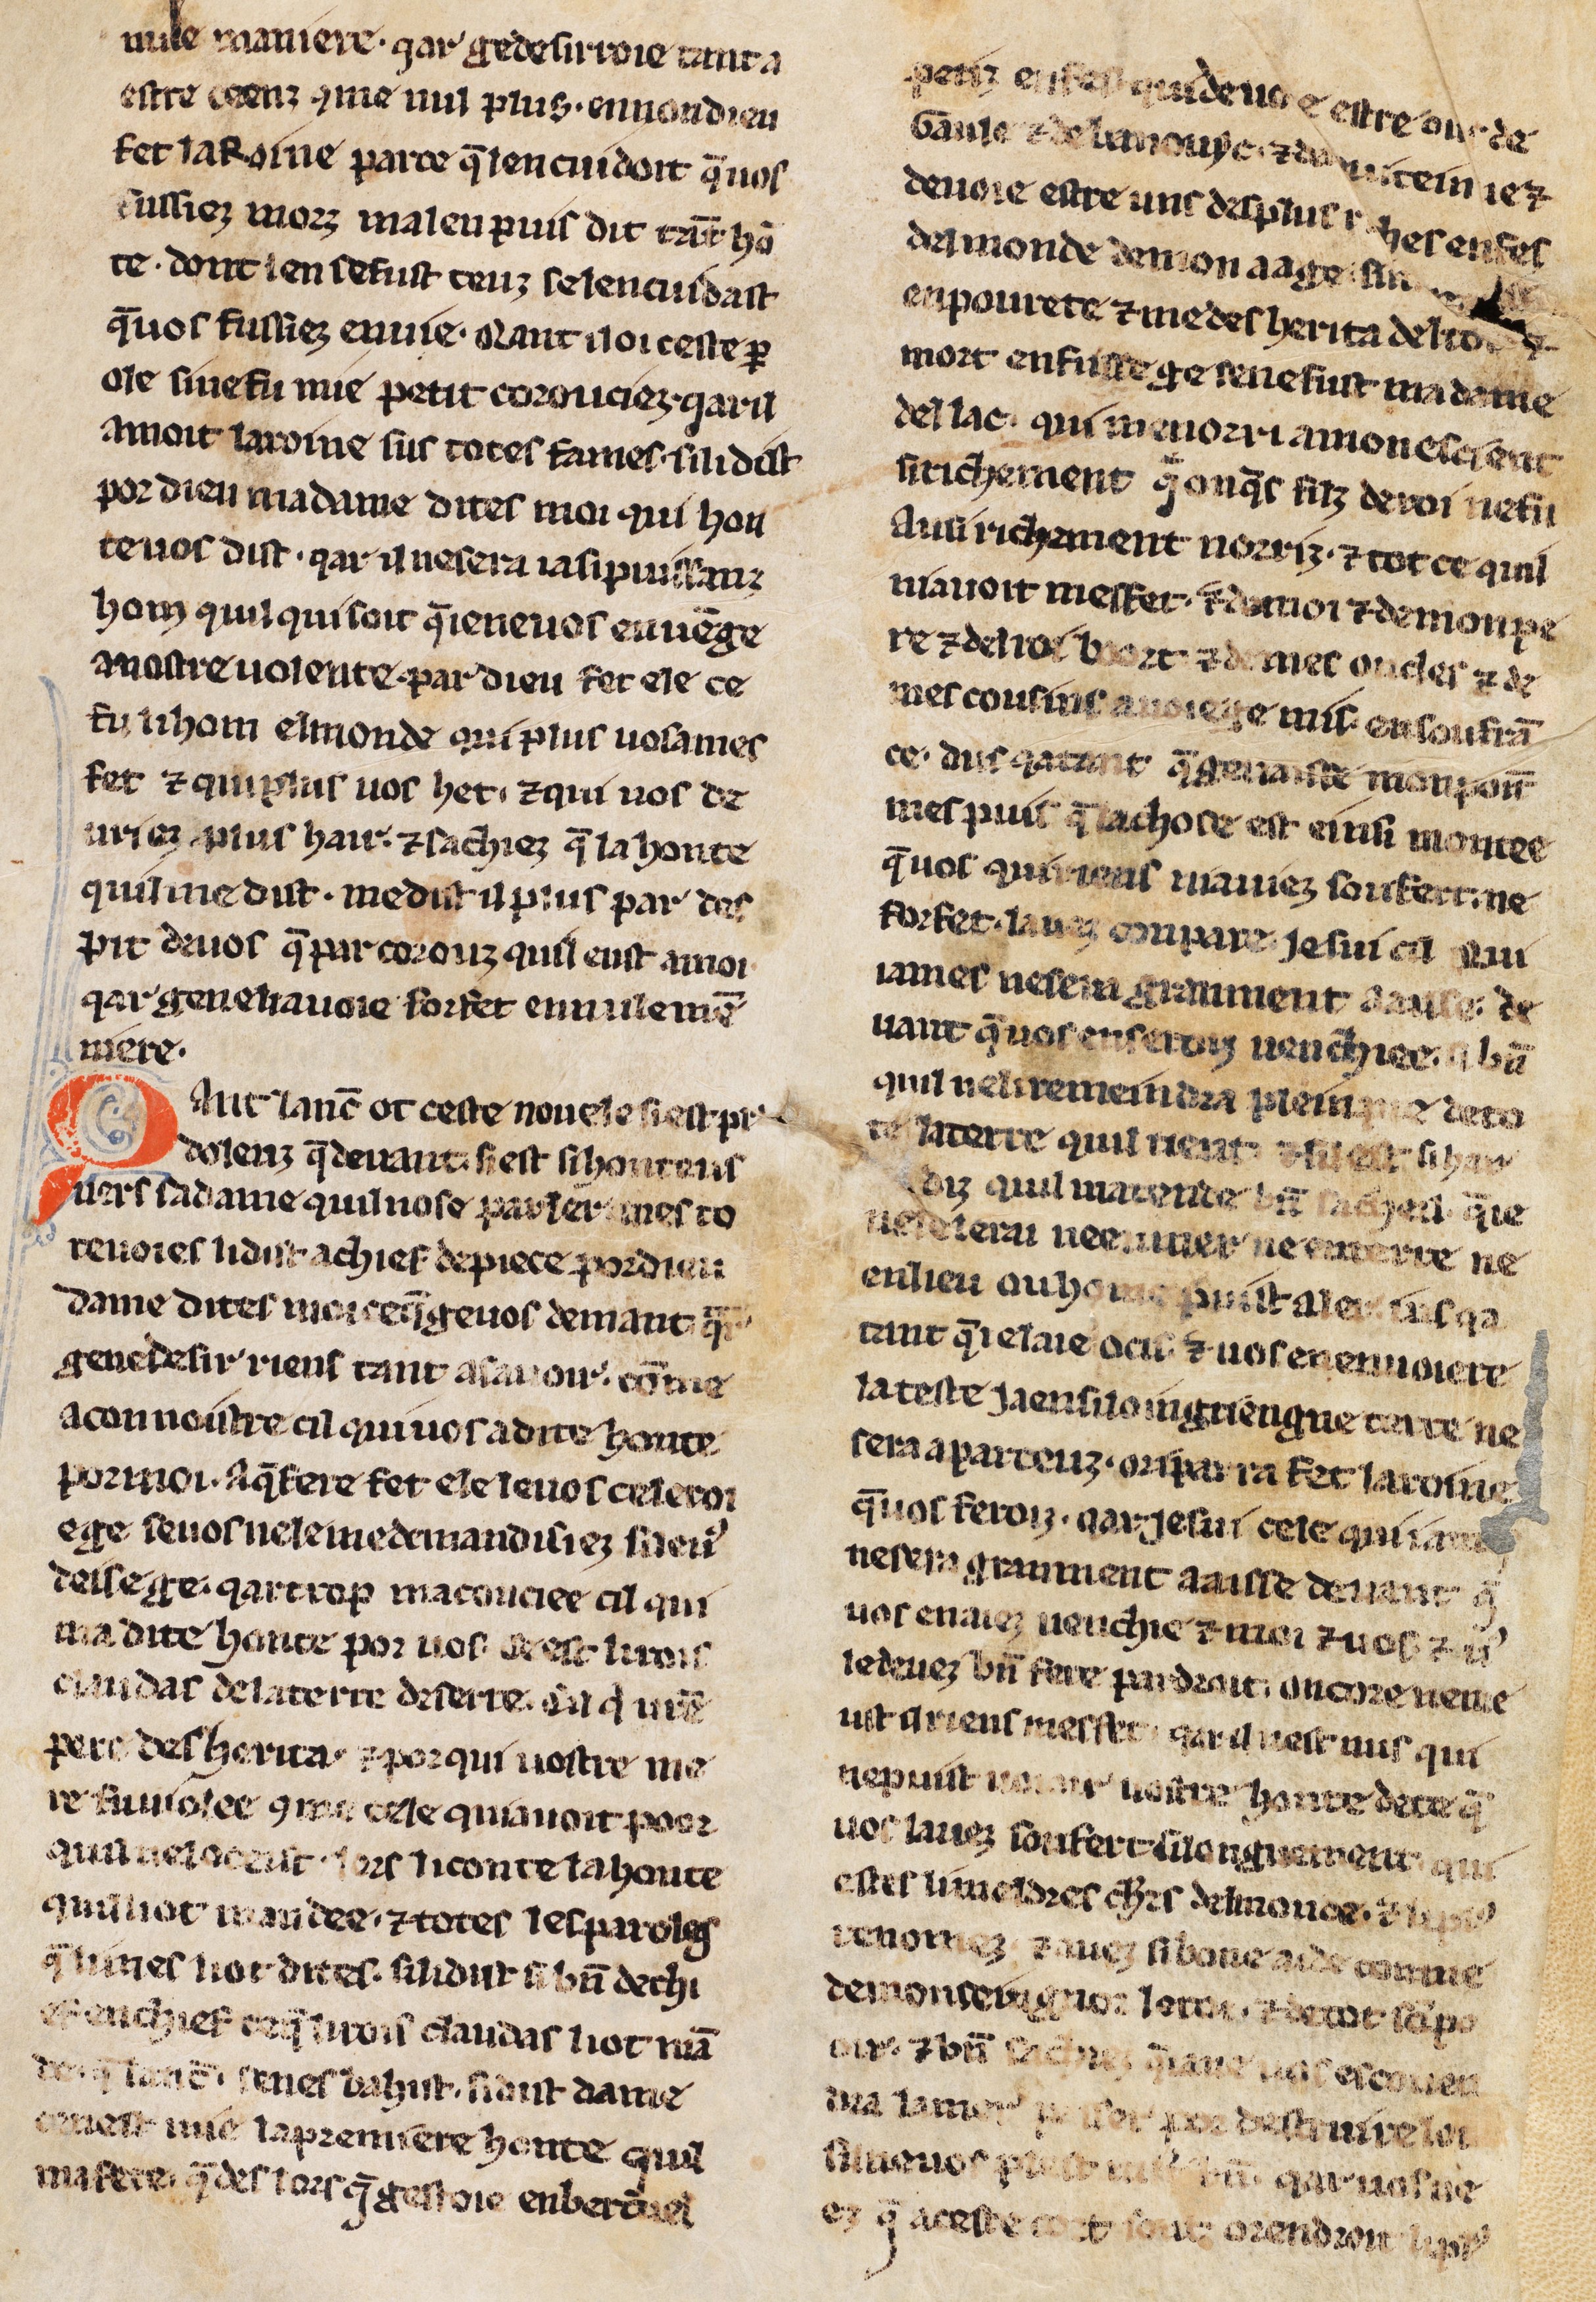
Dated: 1275–1299